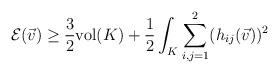
LaTeX: \begin{align*}\mathcal{E}(\vec{v})\geq \frac{3}{2}\mathrm{vol}(K)+\frac{1}{2}\int_{K}\sum\limits_{i,j=1}^{2}(h_{ij}(\vec{v}))^{2}\end{align*}